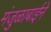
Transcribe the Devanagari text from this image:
मंजुळाबाईने